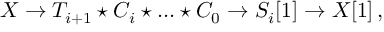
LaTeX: { \cal X } \to { \cal T } _ { i + 1 } \star { \cal C } _ { i } \star \ldots \star { \cal C } _ { 0 } \to { \cal S } _ { i } [ 1 ] \to { \cal X } [ 1 ] \, ,